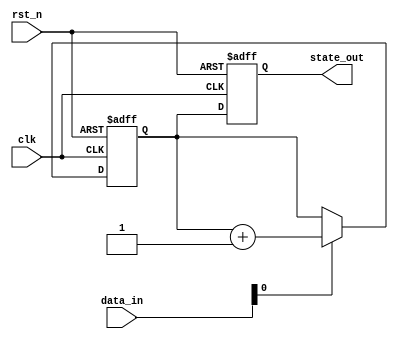
module example_sequential_logic (
    input wire clk,            // Clock input
    input wire rst_n,         // Active low asynchronous reset
    input wire [3:0] data_in, // 4-bit input data
    output reg [3:0] state_out // 4-bit output state
);

// State declaration
reg [3:0] state;

// Synchronous logic block
always @ (posedge clk or negedge rst_n) begin
    if (!rst_n) begin
        // Asynchronous reset
        state <= 4'b0000; // Reset state to 0
        state_out <= 4'b0000; // Output also reset
    end else begin
        // State update based on input data
        if (data_in[0]) begin
            state <= state + 1; // Increment state if data_in[0] is high
        end else begin
            state <= state; // Retain current state
        end

        // Output generation based on updated state
        state_out <= state; // Assign current state to output
    end
end

endmodule